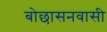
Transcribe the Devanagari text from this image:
बोछासनवासी